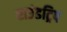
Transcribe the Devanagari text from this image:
राउंडट्रिप